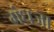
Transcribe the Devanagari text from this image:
गंधजा